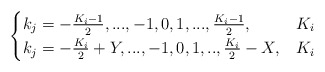
\begin{align*} \begin{cases}k_j=-\frac{K_i-1}{2},...,-1,0,1,...,\frac{K_i-1}{2},& K_i \\k_j=-\frac{K_i}{2}+Y,...,-1,0,1,..,\frac{K_i}{2}-X,& K_i \\\end{cases}\end{align*}